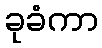
ခုခံကာ